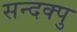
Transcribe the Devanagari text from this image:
सन्दक्पु